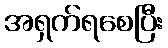
အရှက်ရစေပြီး